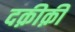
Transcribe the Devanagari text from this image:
दक़ीक़ी